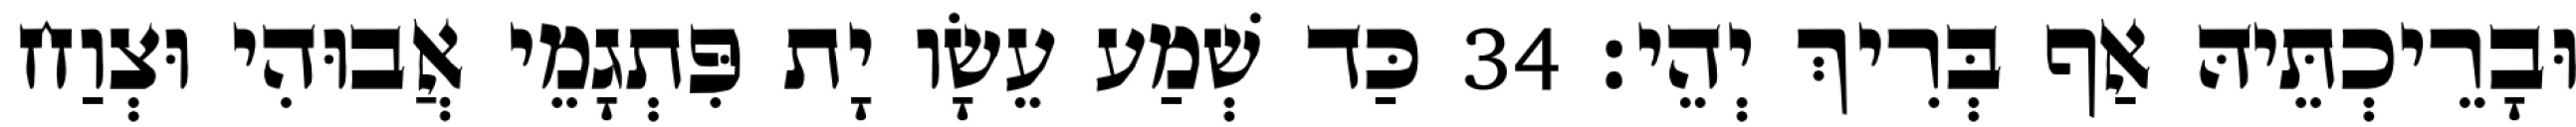
וּבָרֵיכְתֵּיהּ אַף בְּרִיךְ יְהֵי׃ 34 כַּד שְׁמַע עֵשָׂו יָת פִּתְגָמֵי אֲבוּהִי וּצְוַח